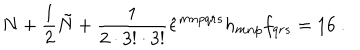
N + \frac { 1 } { 2 } \tilde { N } + \frac { 1 } { 2 \cdot 3 ! \cdot 3 ! } \hat { \epsilon } ^ { m n p q r s } h _ { m n p } f _ { q r s } = 1 6 \ .